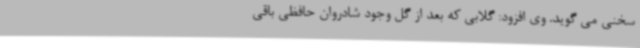
سخنی می گوید. وی افزود: گلابی که بعد از گل وجود شادروان حافظی باقی